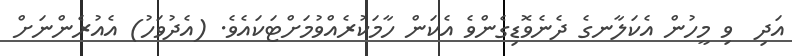
އަދި  ވި މީހުން އެކަލާނގެ ދެނެވޮޑިގެންވެ އެކަން ހާމަކުރެއްވުމަށްޓަކައެވެ. (އެދުވަހު) އެއުރެންނަށް